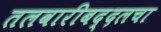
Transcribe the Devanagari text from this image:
तलवारीबद्दलचा